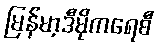
မြန်မာ့ဒီမိုကရေစီ